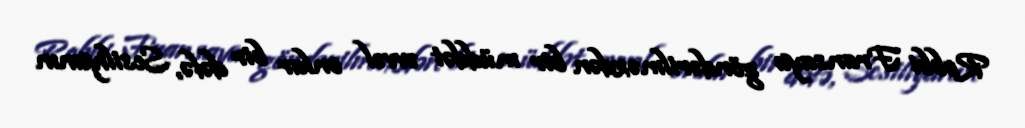
Robbi Fransaya göndərilməzdən bir müddət əvvəl onlar bir dəfə, Sesiliyanın